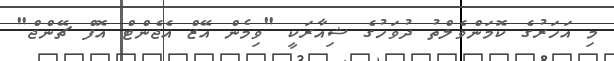
މި އަހަރުގެ ކޮމަންވެލްތު ދުވަހުގެ ޝިއާރަކީ "ވިމެން އޭޒް އެޖެންޓް އޮފް ޗޭންޖް"